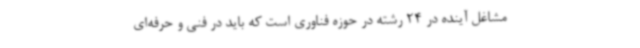
مشاغل آینده در 24 رشته در حوزه فناوری است که باید در فنی و حرفه‌ای